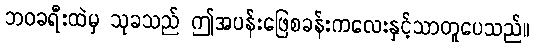
ဘဝခရီးထဲမှ သုခသည် ဤအပန်းဖြေစခန်းကလေးနှင့်သာတူပေသည်။